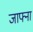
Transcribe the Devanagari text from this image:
जाफ्ना